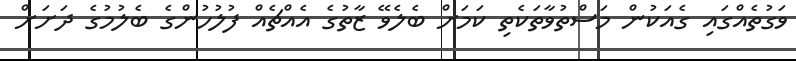
ވަގުތެއްގައި ގެއަކުން މަސްތުވާތަކެތި ކަމަށް ބެލެވޭ ޒާތުގެ އެއްޗެއް ފުލުހުންގެ ބެލުމުގެ ދަށަށް